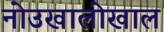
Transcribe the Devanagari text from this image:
नोउखालोखाल